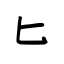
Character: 匕